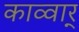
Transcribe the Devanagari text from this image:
काव्वार्